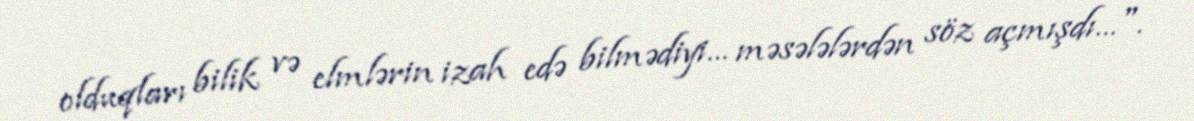
olduqları bilik və elmlərin izah edə bilmədiyi… məsələlərdən söz açmışdı…".